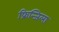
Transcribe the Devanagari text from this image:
फ्रिन्जिला